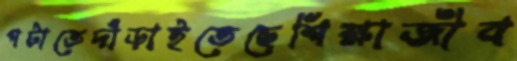
পটাতেদাঁড়াইতেছেশিক্ষাজীব